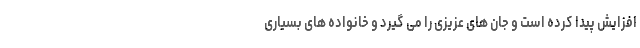
افزایش پیدا کرده است و جان های عزیزی را می گیرد و خانواده های بسیاری